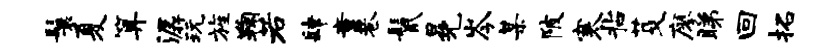
鬟夏算潺玩旌鞠若肆童巷鬣冕岑某陂寒拈芟廖睇回拓